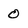
Character: 0